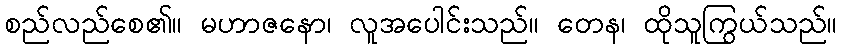
စည်လည်စေ၏။ မဟာဇနော၊ လူအပေါင်းသည်။ တေန၊ ထိုသူကြွယ်သည်။